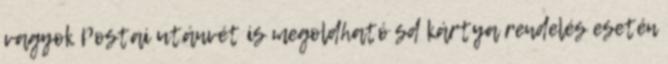
vagyok Postai utánvét is megoldható sd kártya rendelés esetén